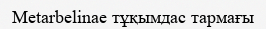
Metarbelinae тұқымдас тармағы